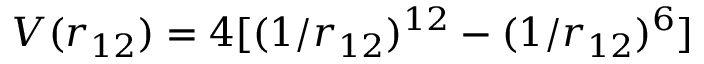
V ( r _ { 1 2 } ) = 4 [ ( 1 / r _ { 1 2 } ) ^ { 1 2 } - ( 1 / r _ { 1 2 } ) ^ { 6 } ]